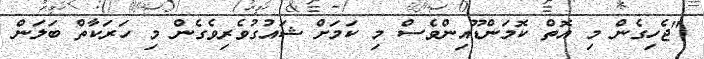
"ޖެހިގެން މި އޮތް ކޮމަންޑޫއިންވެސް މި ކަމަށް ޝައުގުވެރިވެގެން މި ހަރަކާތް ބަލަން